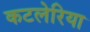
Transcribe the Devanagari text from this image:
कटलेरिया